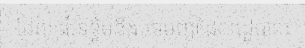
ដែលដើរទន្ទឹមនឹងបទបញ្ជាដែលរដ្ឋបាល